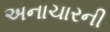
અનાચારની